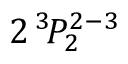
2 \, ^ { 3 } \! P _ { 2 } ^ { 2 - 3 }